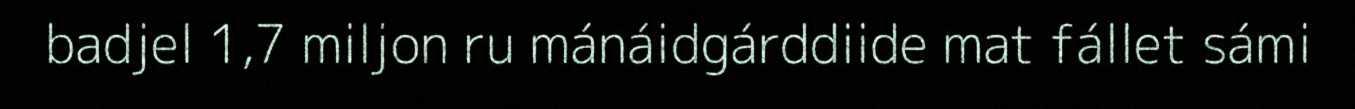
badjel 1,7 miljon ru mánáidgárddiide mat fállet sámi